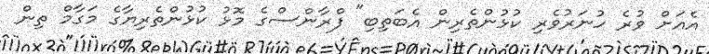
އެއަށް ވުރެ ހުނަރުވެރި ކުޅުންތެރިން އެބަތިބި" ފްރާންސްގެ މޮޅު ކުޅުންތެރިޔާގެ މަގާމް ތިން